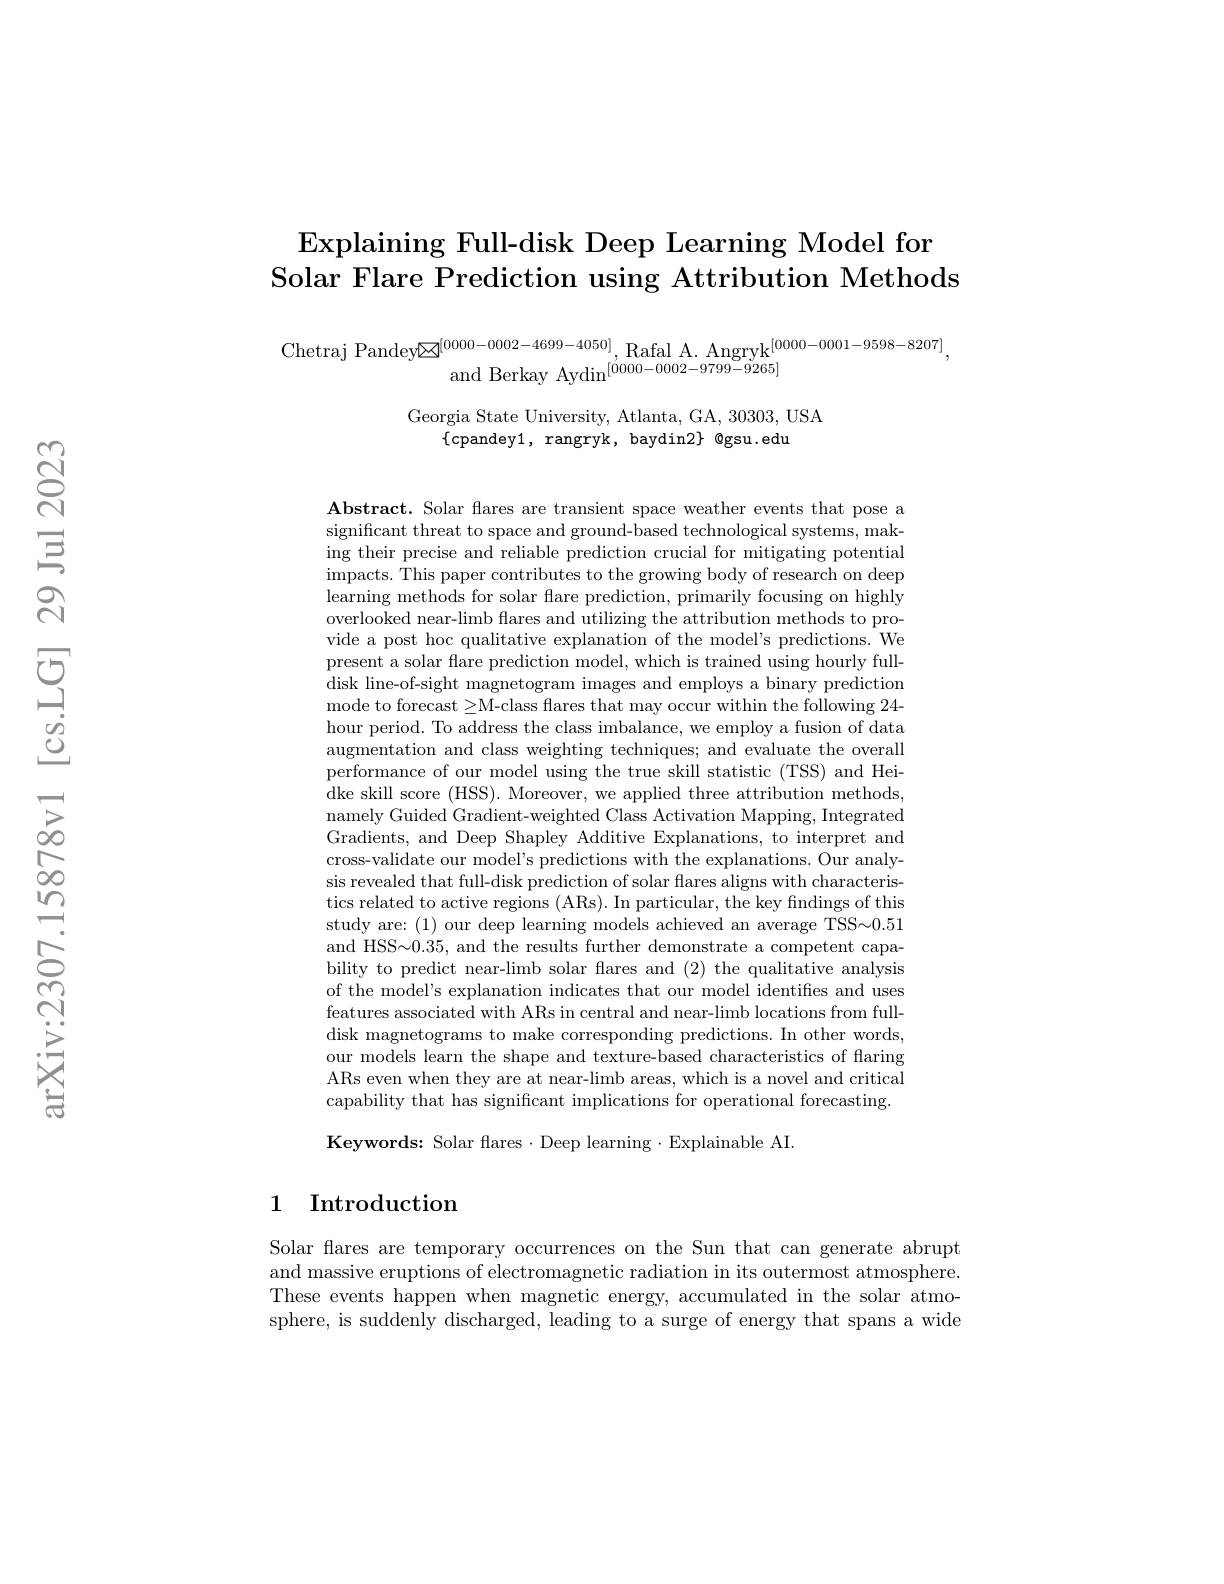
## $\operatorname{Explaining}$ Full-disk Deep Learning Model for Solar Flare Prediction using Attribution Methods

Chetraj Pandey$\boxtimes^{[0000-0002-4699-4050]}$,Rafal A. Angryk$^{[0000-0001-9598-8207]}$,
and Berkay Aydin$^{[0000-0002-9799-9265]}$

Georgia State University, Atlanta, GA, 30303, USA
$\{$cpandey1,rangryk,baydin$2\}$@gsu.edu

Abstract. Solar flares are transient space weather events that pose a significant threat to space and ground-based technological systems, making their precise and reliable prediction crucial for mitigating potential impacts. This paper contributes to the growing body of research on deep learning methods for solar flare prediction, primarily focusing on highly overlooked near-limb flares and utilizing the attribution methods to provide a post hoc qualitative explanation of the model's predictions. We present a solar flare prediction model, which is trained using hourly fulldisk line-of-sight magnetogram images and employs a binary prediction mode to forecast ≥M-class flares that may occur within the following 24- hour period. To address the class imbalance, we employ a fusion of data augmentation and class weighting techniques; and evaluate the overall performance of our model using the true skill statistic (TSS) and Heidke skill score (HSS). Moreover, we applied three attribution methods, namely Guided Gradient-weighted Class Activation Mapping, Integrated Gradients, and Deep Shapley Additive Explanations, to interpret and cross-validate our model's predictions with the explanations. Our analysis revealed that full-disk prediction of solar flares aligns with characteristics related to active regions (ARs). In particular, the key findings of this study are: (1) our deep learning models achieved an average TSS{}{}0.51 and HSS~0.35, and the results further demonstrate a competent capability to predict near-limb solar fares and (2) the qualitative analysis of the model's explanation indicates that our model identifies and uses features associated with ARs in central and near-limb locations from fulldisk magnetograms to make corresponding predictions. In other words, our models learn the shape and texture-based characteristics of flaring ARs even when they are at near-limb areas, which is a novel and critical capability that has significant implications for operational forecasting. Keywords: Solar flares·Deep learning·Explainable AI

## 1 Introduction

Solar flares are temporary occurrences on the Sun that can generate abrupt and massive eruptions of electromagnetic radiation in its outermost atmosphere. These events happen when magnetic energy, accumulated in the solar atmosphere, is suddenly discharged, leading to a surge of energy that spans a wide